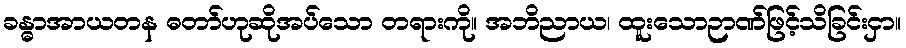
ခန္ဓာအာယတန ဓတာ်ဟုဆိုအပ်သော တရားကို။ အဘိညာယ၊ ထူးသောဉာဏ်ဖြင့်သိခြင်းငှာ။